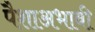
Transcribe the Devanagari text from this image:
पैशाअभावी